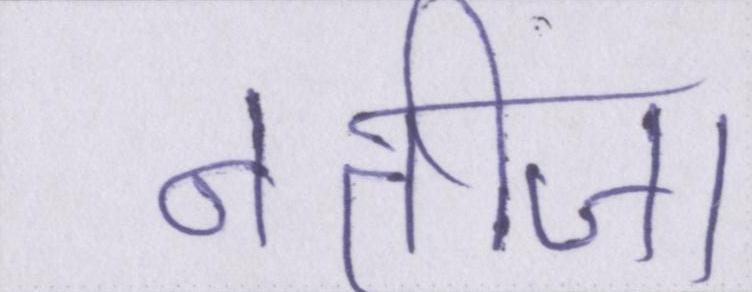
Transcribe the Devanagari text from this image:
नतीजा